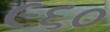
૯૬૦